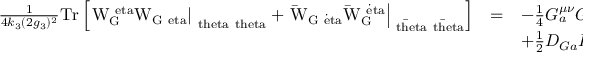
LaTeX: \begin{array} { c c l } { { \frac { 1 } { 4 k _ { 3 } ( 2 g _ { 3 } ) ^ { 2 } } \mathrm { T r \mit \left[ \left. W _ { G } ^ { \ e t a } W _ { G \ e t a } \right| _ { \ t h e t a \ t h e t a } + \left. \mathrm { \bar { \mit W } _ { G \dot { \ e t a } } \bar { \mit W } _ { G } ^ { \dot { \ e t a } } } \right| _ { \mathrm { \bar { \ t h e t a } \bar { \ t h e t a } } } \right] } } } & { { = } } & { { - \frac { 1 } { 4 } G _ { a } ^ { \mu \nu } G _ { \mu \nu a } + i \mathrm { \bar { \ l a m b d a } _ { \mit G a } \bar { \ s i g m a } ^ { \ m u } \left[ \cal D \mit _ { \ m u } \ l a m b d a _ { G } \right] _ { a } } } } \\ { { } } & { { } } & { { + \frac { 1 } { 2 } D _ { G a } D _ { G a } } } \end{array}